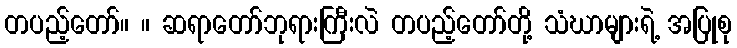
တပည့်တော်။ ။ ဆရာတော်ဘုရားကြီးလဲ တပည့်တော်တို့ သံဃာများရဲ့ အပြုစု